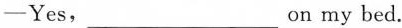
—Yes,___on my bed.